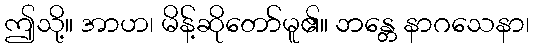
ဤသို့။ အာဟ၊ မိန့်ဆိုတော်မူ၏။ ဘန္တေ နာဂသေနာ၊